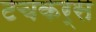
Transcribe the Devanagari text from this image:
टचकर्स